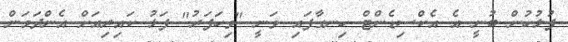
ފުލުހުން ބުނީ އެ އެކްސިޑެންޓް ހިނގާފައި ވަނީ "ވިހަފަރު" ފަޅު ކައިރިއަށް އެންދަމަން